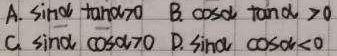
A. $\sin\alpha\tan\alpha > 0$ B. $\cos\alpha\tan\alpha > 0$ C. $\sin\alpha\cos\alpha > 0$ D. $\sin\alpha\cos\alpha < 0$